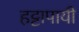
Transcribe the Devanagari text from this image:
हट्टापायी